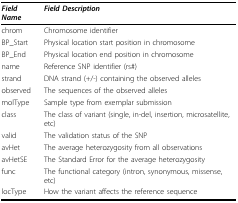
<table><thead><tr><td><b><i>Field Name</i></b></td><td><b><i>Field Description</i></b></td></tr></thead><tbody><tr><td>chrom</td><td>Chromosome identifier</td></tr><tr><td>BP_Start</td><td>Physical location start position in chromosome</td></tr><tr><td>BP_End</td><td>Physical location end position in chromosome</td></tr><tr><td>name</td><td>Reference SNP identifier (rs#)</td></tr><tr><td>strand</td><td>DNA strand (+/-) containing the observed alleles</td></tr><tr><td>observed</td><td>The sequences of the observed alleles</td></tr><tr><td>molType</td><td>Sample type from exemplar submission</td></tr><tr><td>class</td><td>The class of variant (single, in-del, insertion, microsatellite, etc)</td></tr><tr><td>valid</td><td>The validation status of the SNP</td></tr><tr><td>avHet</td><td>The average heterozygosity from all observations</td></tr><tr><td>avHetSE</td><td>The Standard Error for the average heterozygosity</td></tr><tr><td>func</td><td>The functional category (intron, synonymous, missense, etc)</td></tr><tr><td>locType</td><td>How the variant affects the reference sequence</td></tr></tbody></table>